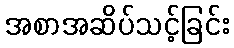
အစာအဆိပ်သင့်ခြင်း